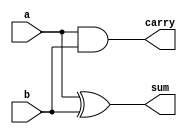
module half_adder (
    a,
    b,
    carry,
    sum
);

  input a, b;
  output reg carry, sum;  //inside the always block, the variables cannot be wires

  always @(*) begin
    carry = a & b;
    sum   = a ^ b;
  end
endmodule

`timescale 1ps / 1ps

module testbench;

  //inputs
  reg a, b;

  //outputs
  wire carry, sum;

  half_adder dut (
      a,
      b,
      carry,
      sum
  );

  initial begin
    a = 1'b0;
    b = 1'b0;

    #2 a = 1'b0;
    b = 1'b1;

    #2 a = 1'b1;
    b = 1'b0;

    #2 a = 1'b1;
    b = 1'b1;

    #2 $finish;
  end

  initial $monitor("time = %g, a = %b, b = %b, carry = %b, sum = %b", $time, a, b, carry, sum);

endmodule

/*OUTPUT:
time = 0, a = 0, b = 0, carry = 0, sum = 0
time = 2, a = 0, b = 1, carry = 0, sum = 1
time = 4, a = 1, b = 0, carry = 0, sum = 1
time = 6, a = 1, b = 1, carry = 1, sum = 0 
*/